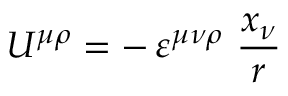
U ^ { \mu \rho } = - \, \varepsilon ^ { \mu \nu \rho } \ \frac { x _ { \nu } } { r }